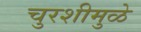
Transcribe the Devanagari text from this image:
चुरशीमुळे